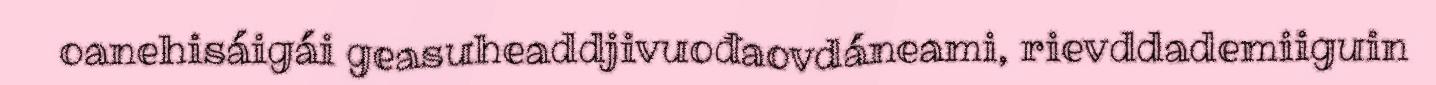
oanehisáigái geasuheaddjivuođaovdáneami, rievddademiiguin